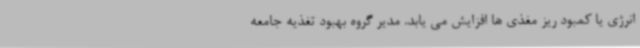
انرژی یا کمبود ریز مغذی ها افزایش می یابد. مدیر گروه بهبود تغذیه جامعه